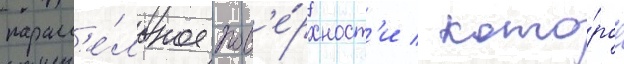
паралл'е́льное пов'е́рхност'и / кото́рое